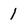
Character: 1